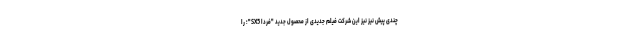
چندی پیش نیز نیز این شرکت فیلم جدیدی از محصول جدید "فردا SX5"؛ را